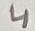
Text: 4